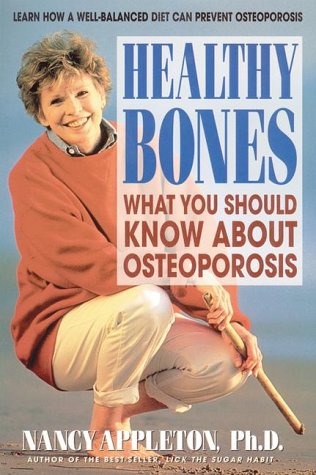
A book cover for Healthy Bones: What You Should Know about Osteoporosis; Nancy Appleton; Health, Fitness & Dieting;